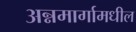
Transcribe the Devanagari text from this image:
अन्नमार्गामधील